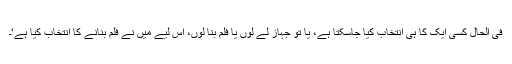
فی الحال کسی ایک کا ہی انتخاب کیا جاسکتا ہے، یا تو جہاز لے لوں یا فلم بنا لوں، اس لیے میں نے فلم بنانے کا انتخاب کیا ہے‘۔